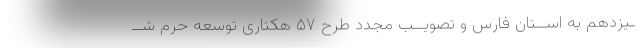
ـیزدهم به اســتان فارس و تصویــب مجدد طرح ۵۷ هکتاری توسعه حرم شــ